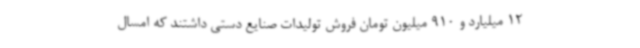
12 میلیارد و 910 میلیون تومان فروش تولیدات صنایع دستی داشتند که امسال